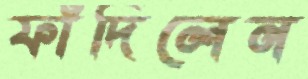
ফাঁদিলেন